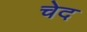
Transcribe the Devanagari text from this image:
चेद